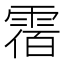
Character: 𩃫